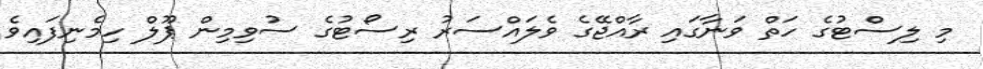
މި ލިސްޓުގެ ހަތް ވަނާގައި ރާއްޖޭގެ ވެލައްސަރު ރިސޯޓުގެ ސުވިމިން ޕޫލް ހިމެނިފައިވެ